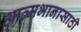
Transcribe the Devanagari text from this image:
आत्मभानासाठी